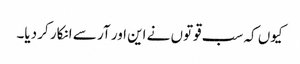
کیوں کہ سب قوتوں نے این اور آر سے انکار کر دیا۔